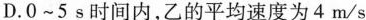
D.0~5s时间内，乙的平均速度为4m/s